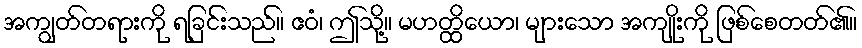
အကျွတ်တရားကို ရခြင်းသည်။ ဧဝံ၊ ဤသို့။ မဟတ္ထိယော၊ များသော အကျိုးကို ဖြစ်စေတတ်၏။